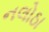
નલોઠા